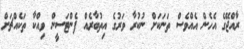
ރާއްޖޭގެ އެހެން އެއްވެސް ތަނަކަށް ނުކުރާ ވަރުގެ އިތުބާރެއް ފެންޓަސީން ވިއްކާ ތަކެއްޗަށް